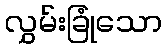
လွှမ်းခြုံသော